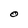
Character: O